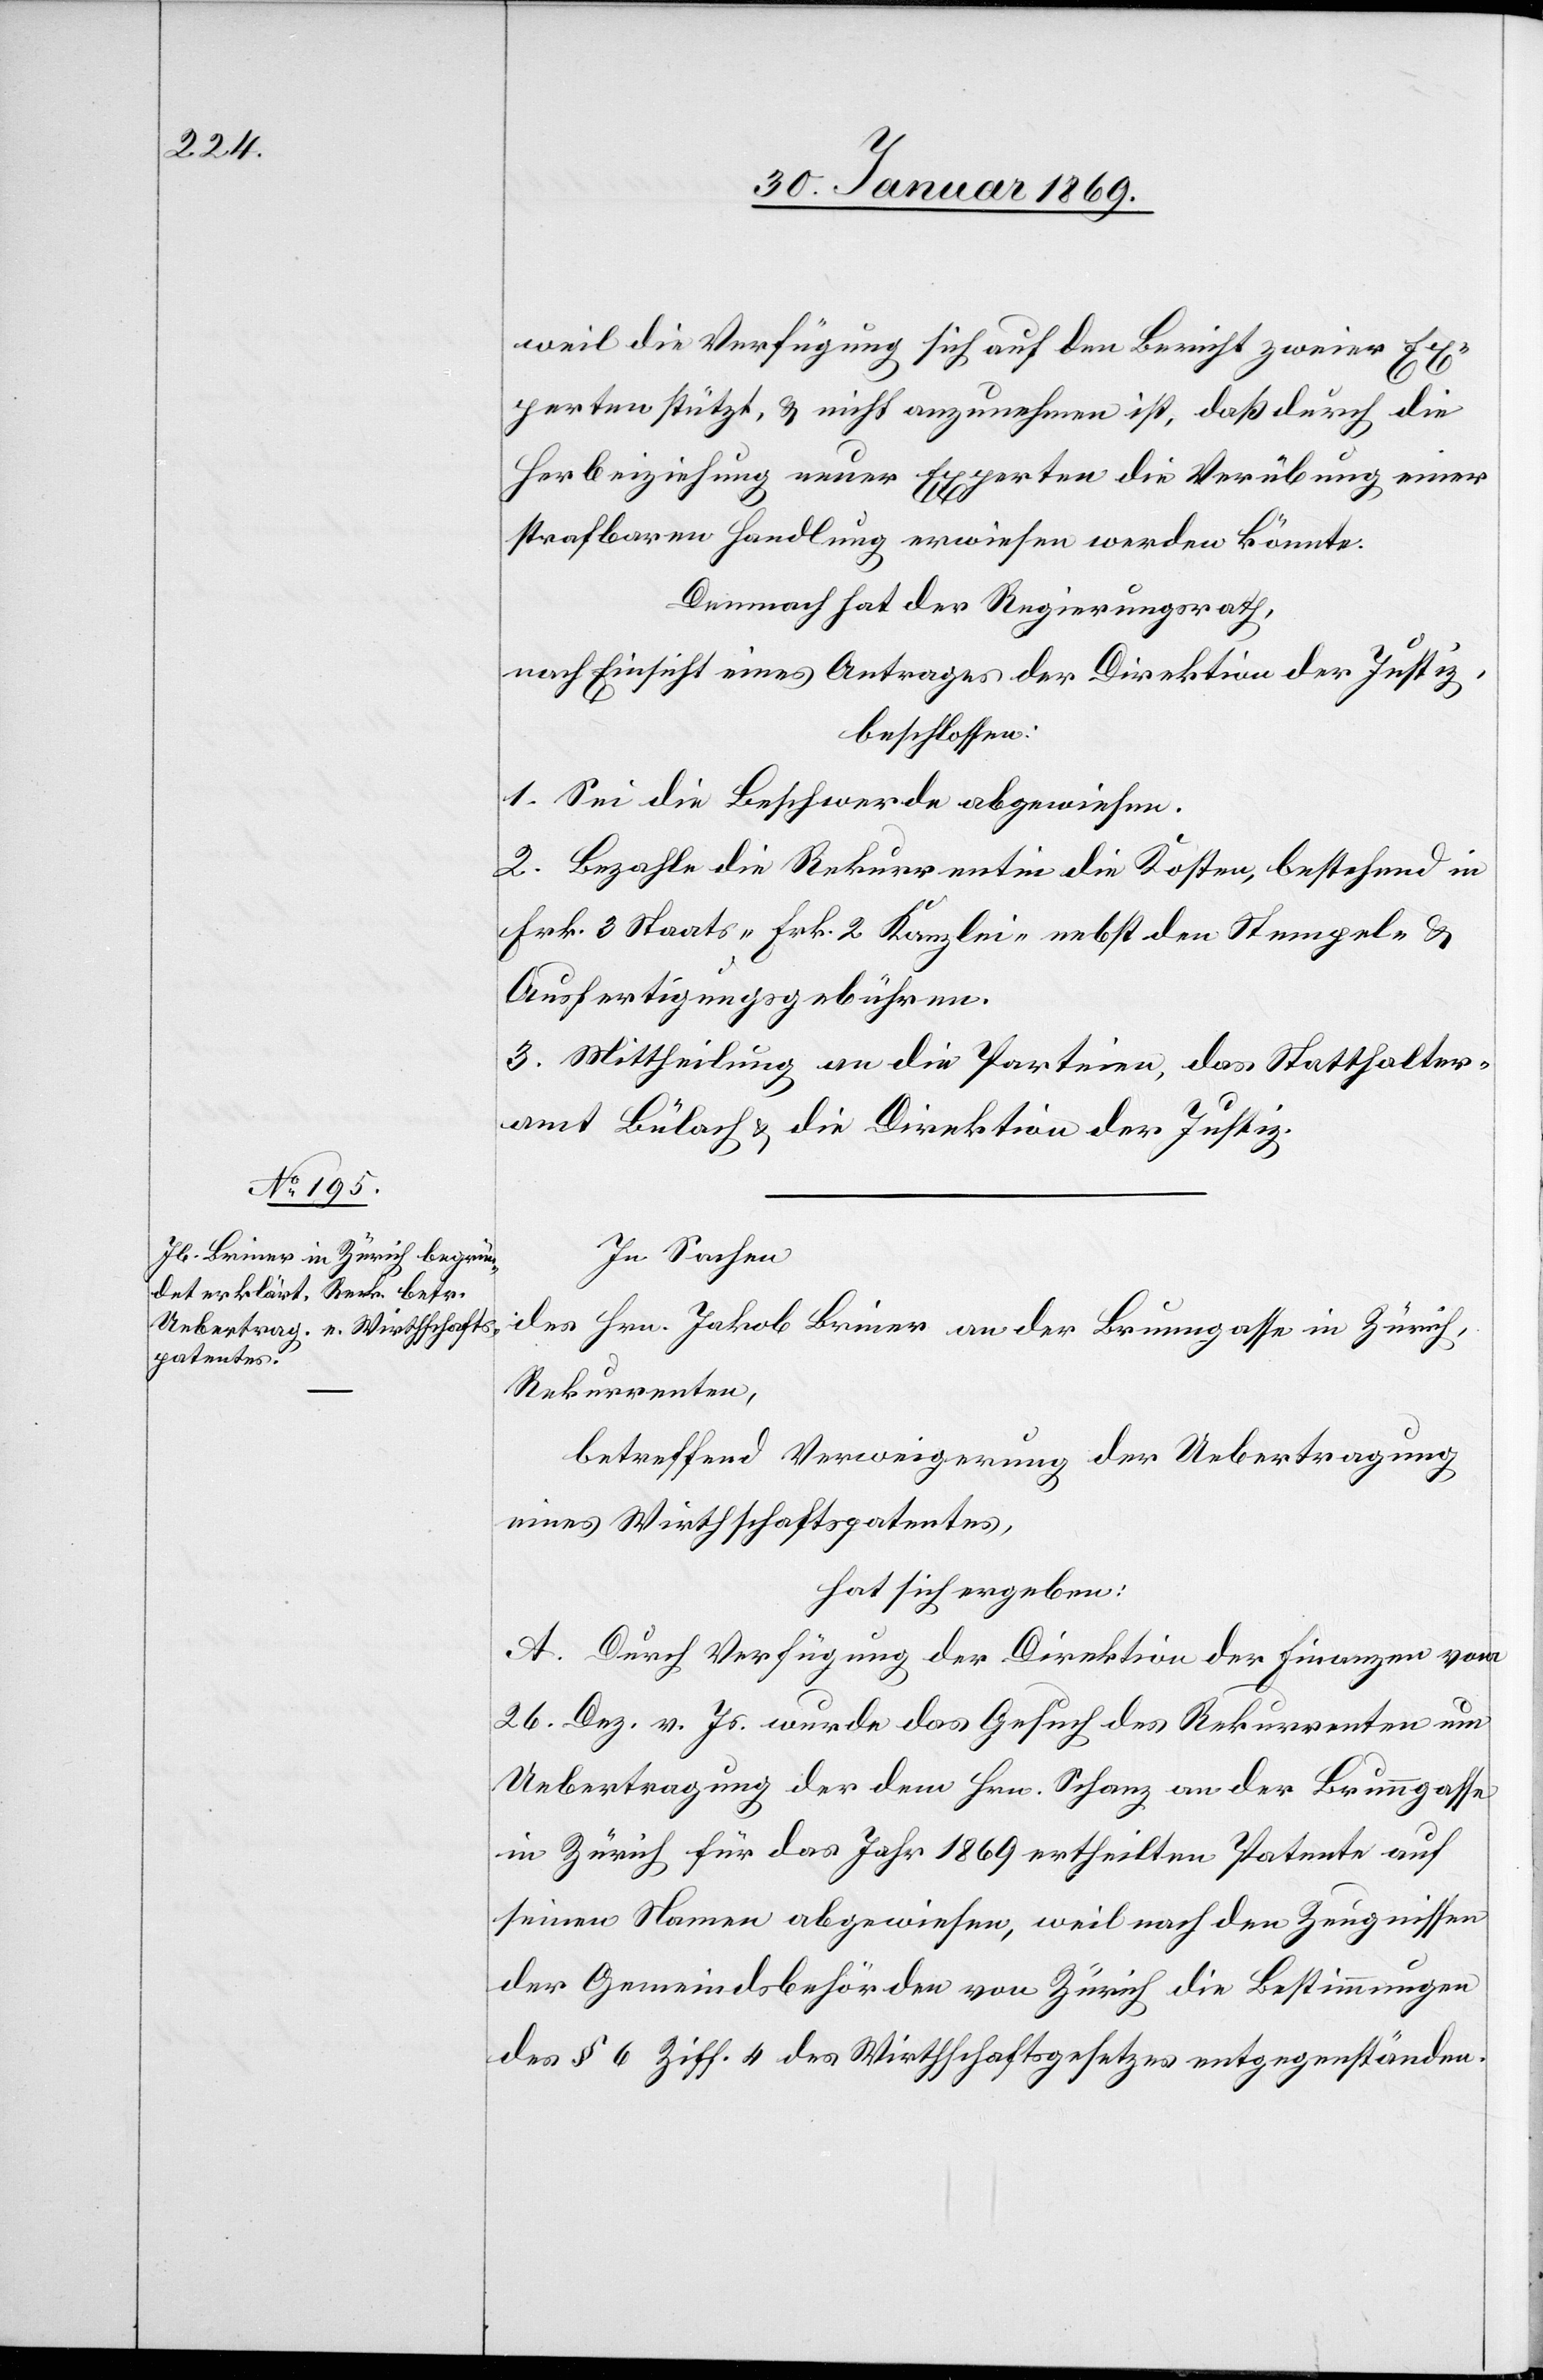
weil die Verfügung sich auf den Bericht zweier Ex¬
perten stützt, u. nicht anzunehmen ist, daß durch die
Herbeiziehung neuer Experten die Verübung einer
strafbaren Handlung erwiesen werden könnte.
Demnach hat der Regierungsrath,
nach Einsicht eines Antrages der Direktion der Justiz,
beschlossen:
1. Sei die Beschwerde abgewiesen.
2. Bezahle die Rekurrentin die Kosten, bestehend in
Frk. 3 Staats- Frk. 2 Kanzlei- nebst den Stempel- u.
Ausfertigungsgebühren.
3. Mittheilung an die Parteien, das Statthalter¬
amt Bülach, die Direktion der Justiz.
In Sachen
des Hrn. Jakob Briner an der Brunngasse in Zürich,
Rekurrenten,
betreffend Verweigerung der Uebertragung
eines Wirthschaftspatentes,
hat sich ergeben:
A. Durch Verfügung der Direktion der Finanzen vom
26. Dez. v. Js. wurde das Gesuch des Rekurrenten um
Uebertragung der dem Hrn. Schanz an der Brunngasse
in Zürich für das Jahr 1869 ertheilten Patente auf
seinen Namen abgewiesen, weil nach den Zeugnissen
der Gemeindsbehörden von Zürich die Bestimmungen
des § 6 Ziff. 4 des Wirthschaftspatentes entgegenständen.